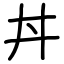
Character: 丼